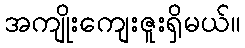
အကျိုးကျေးဇူးရှိမယ်။